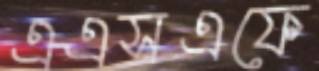
এএসএফে